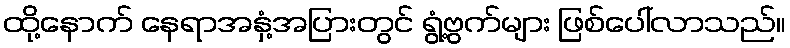
ထို့နောက် နေရာအနှံ့အပြားတွင် ရွံ့ဗွက်များ ဖြစ်ပေါ်လာသည်။